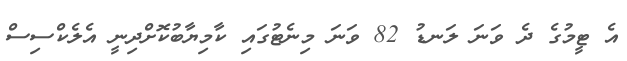
އެ ޓީމުގެ ދެ ވަނަ ލަނޑު 82 ވަނަ މިނެޓުގައި ކާމިޔާބުކޮށްދިނީ އެލެކްސިސް